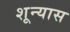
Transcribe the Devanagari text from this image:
शून्यास